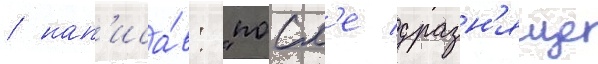
/ нап'иса́в: "посл'е дразн'яще